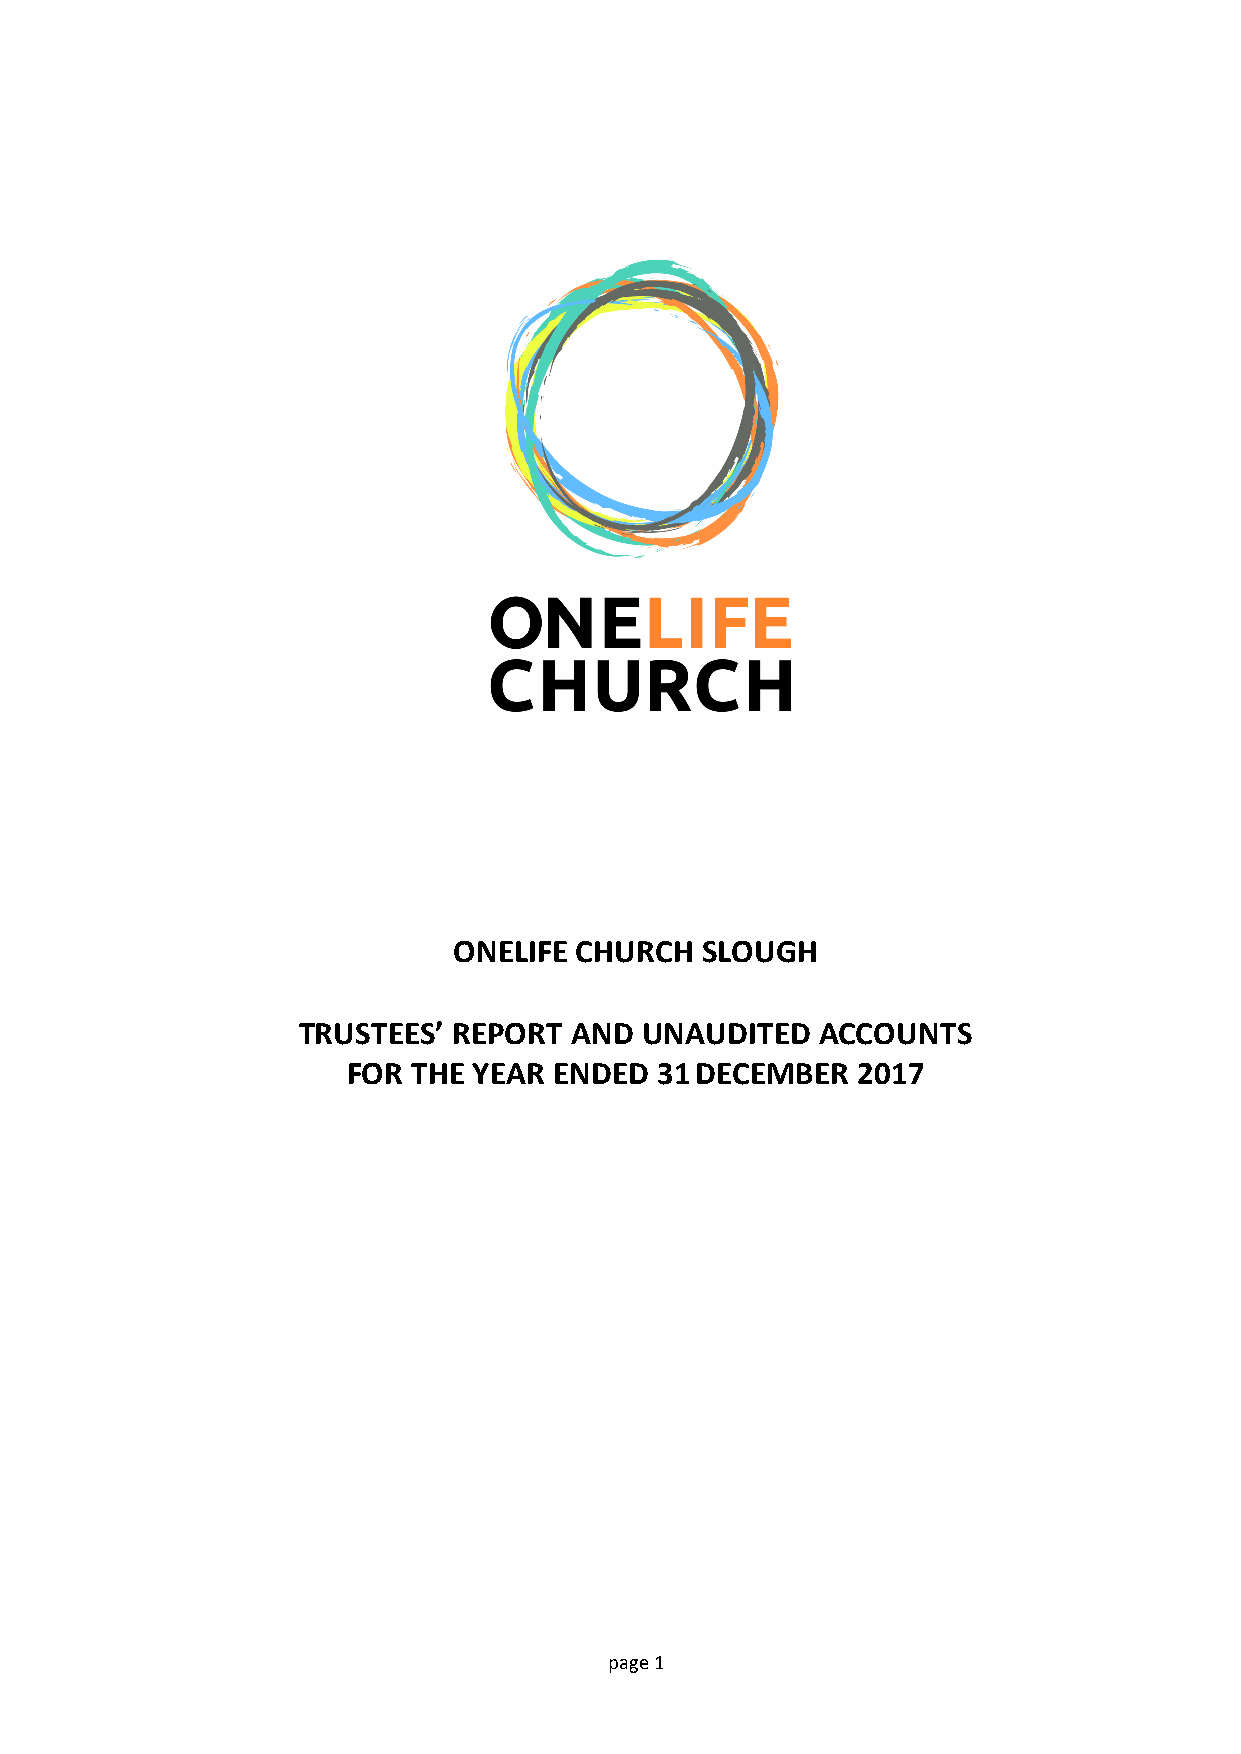
ONELIFE CHURCH  SLOUGH
 TRUSTEES’ REPORT  AND UNAUDITED   ACCOUNTS
 FOR THE YEAR  ENDED 31DECEMBER    2017
 p age 1